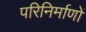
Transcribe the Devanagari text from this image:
परिनिर्माणों